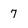
Character: 7